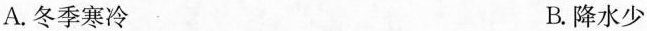
A.冬季寒冷 B.降水少